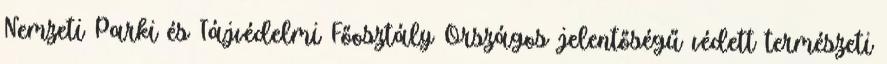
Nemzeti Parki és Tájvédelmi Főosztály Országos jelentőségű védett természeti